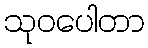
သုဝပေါတာ